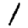
Digit: 1